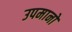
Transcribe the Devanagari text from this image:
उपमानो